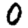
Digit: 0